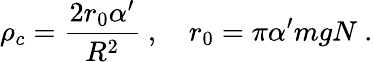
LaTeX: \rho_{c}={\frac{2r_{0}\alpha^{\prime}}{R^{2}}}\ ,\quad r_{0}=\pi\alpha^{\prime}mgN\ .